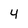
Character: 4